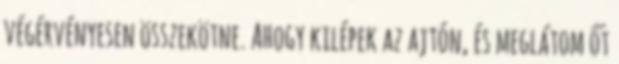
végérvényesen összekötne. Ahogy kilépek az ajtón, és meglátom őt